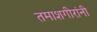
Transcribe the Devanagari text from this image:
तमाशगीरांनी